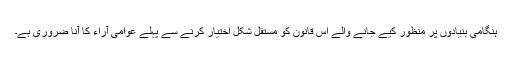
ہنگامی بنیادوں پر منظور کیے جانے والے اس قانون کو مستقل شکل اختیار کرنے سے پہلے عوامی آراء کا آنا ضروری ہے۔